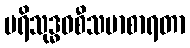
ပရိသုဒ္ဓဝစီသမာစာရတာ